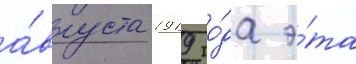
а́вгуста 1919 го́да э́та